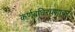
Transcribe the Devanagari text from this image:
कर्णबधिरपणावर